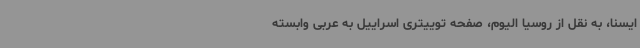
ایسنا، به نقل از روسیا الیوم، صفحه توییتری اسراییل به عربی وابسته